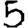
Digit: 5